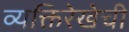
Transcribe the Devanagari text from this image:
व्यक्तिरेखेची